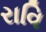
રાવિ